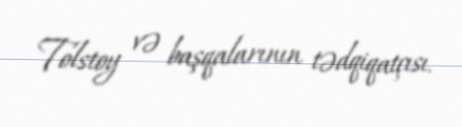
Tolstoy və başqalarının tədqiqatçısı.